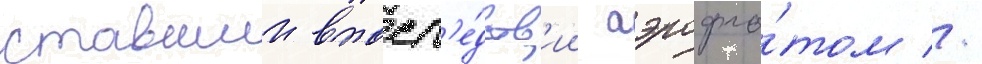
ставшии впосл'е́дств'ии аэрофло́том //